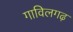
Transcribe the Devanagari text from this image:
गाविलगढ़